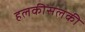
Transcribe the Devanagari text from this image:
हलकीसलकी